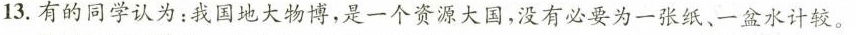
13. 有的同学认为：我国地大物博，是一个资源大国，没有必要为一张纸、一盆水计较。